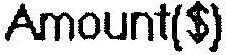
AMOUNT($)